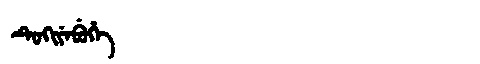
Manchu: ᡨᡠᡴᡳᠶᡝᠪᡠᡥᡝ
Romanization: TUKIYEBUHE